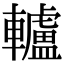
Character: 轤